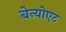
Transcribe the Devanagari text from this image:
बेन्योएट